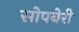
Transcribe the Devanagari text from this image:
सोपबेरी